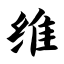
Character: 维